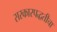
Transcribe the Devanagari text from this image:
सरकारपद्धतीचा